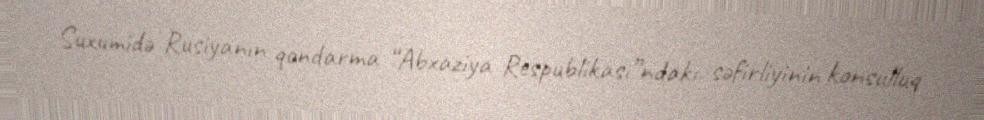
Suxumidə Rusiyanın qondarma “Abxaziya Respublikası”ndakı səfirliyinin konsulluq